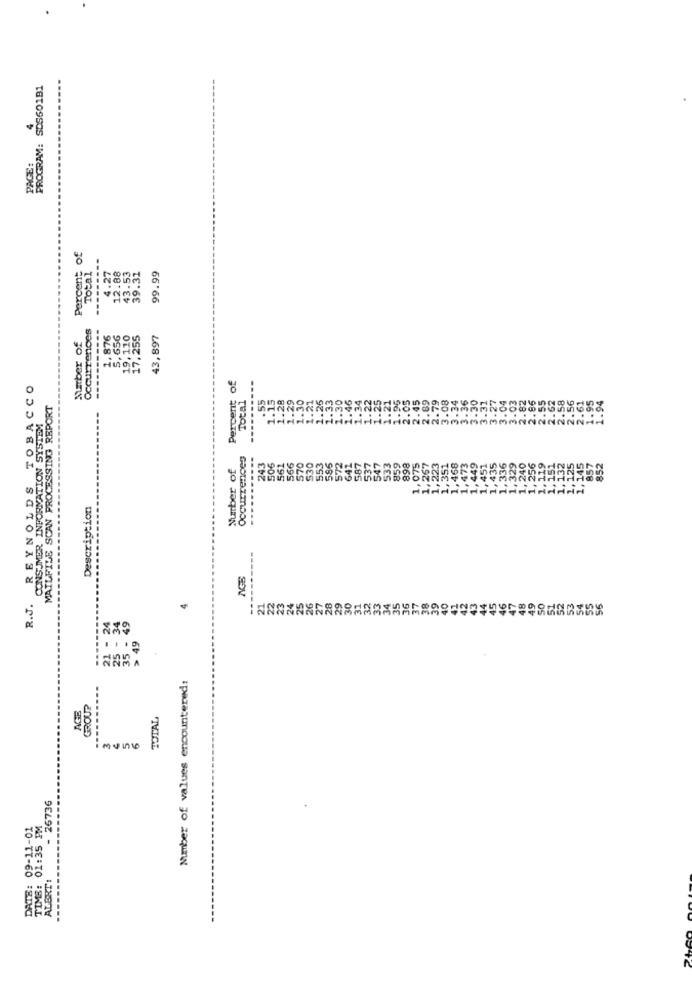
PROGRAM: SDS601B1
PAGE:
Percent of
Total
4.27
12.88
43.53
39.31
99.99
Occurrences
1,876
5,656
19,110
17,255
43,897
Number of
--------
Percent of
REYNOLDS TOBACCO
Total
MAILFILE SCAN PROCESSING REPORT
.55
.30
CONSUMER INFORMATION SYSTEM
1.
1.
Occurrences
586
$72
Number of
243
506
561
566
570
530
553
587
537
547
533
859
.....
Description
AGB
R.J.
24
25 .
Number of values encountered:
GROUP
.....
TOTAL
- 26736
09-11-01
TIMS: 01:35 PM
ALERT!
DATE: